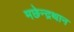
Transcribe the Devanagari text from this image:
मछेन्‍द्रथान